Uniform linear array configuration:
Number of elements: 8
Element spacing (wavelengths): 1
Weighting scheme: hann
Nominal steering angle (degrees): -60
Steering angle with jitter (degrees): -61.812
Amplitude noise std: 0.05
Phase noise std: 0.05

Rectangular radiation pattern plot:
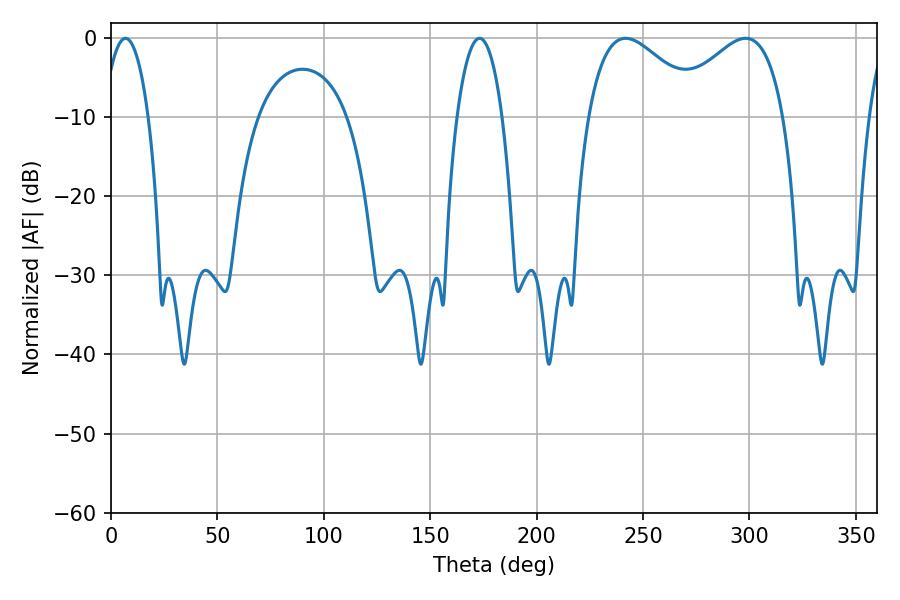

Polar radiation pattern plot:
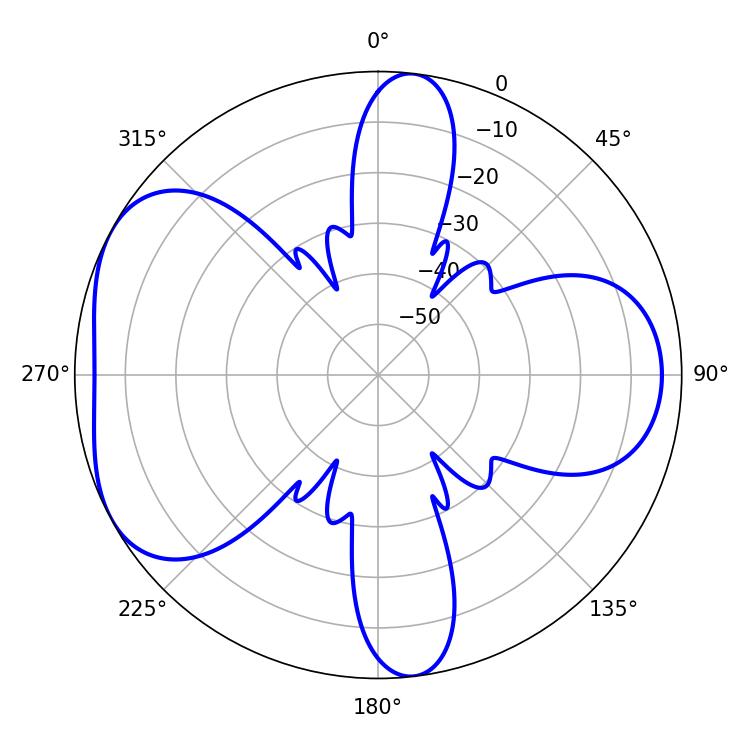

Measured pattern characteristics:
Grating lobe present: TRUE
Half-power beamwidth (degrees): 11.88
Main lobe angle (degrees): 6.84